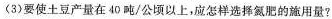
(3)要使土豆产量在40吨/公顷以上，应怎样选择氢肥的施用量?